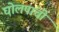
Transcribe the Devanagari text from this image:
घोलपांची